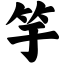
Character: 竽